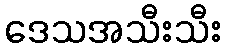
ဒေသအသီးသီး